Report of the Bombay Veterinary College
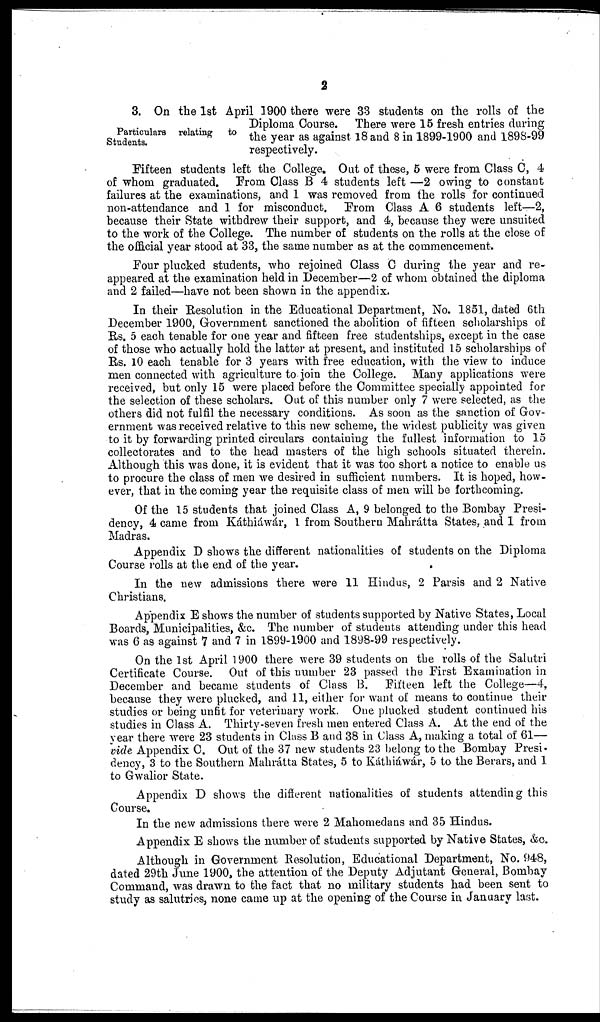
2
Particulars relating to
Students.
3. On the 1st April 1900 there were 33 students on the rolls of the
Diploma Course. There were 15 fresh entries during
the year as against 18 and 8 in 1899-1900 and 1898-99
respectively.
Fifteen students left the College. Out of these, 5 were from Class C, 4
of whom graduated. From Class B 4 students left —2 owing to constant
failures at the examinations, and 1 was removed from the rolls for continued
non-attendance and 1 for misconduct. From Class A 6 students left—2,
because their State withdrew their support, and 4, because they were unsuited
to the work of the College. The number of students on the rolls at the close of
the official year stood at 33, the same number as at the commencement.
Four plucked students, who rejoined Class C during the year and re-
appeared at the examination held in December—2 of whom obtained the diploma
and 2 failed—have not been shown in the appendix.
In their Resolution in the Educational Department, No. 1851, dated 6th
December 1900, Government sanctioned the abolition of fifteen scholarships of
Rs. 5 each tenable for one year and fifteen free studentships, except in the case
of those who actually hold the latter at present, and instituted 15 scholarships of
Rs. 10 each tenable for 3 years with free education, with the view to induce
men connected with agriculture to join the College. Many applications were
received, but only 15 were placed before the Committee specially appointed for
the selection of these scholars. Out of this number only 7 were selected, as the
others did not fulfil the necessary conditions. As soon as the sanction of Gov-
ernment was received relative to this new scheme, the widest publicity was given
to it by forwarding printed circulars containing the fullest information to 15
collectorates and to the head masters of the high schools situated therein.
Although this was done, it is evident that it was too short a notice to enable us
to procure the class of men we desired in sufficient numbers. It is hoped, how-
ever, that in the coming year the requisite class of men will be forthcoming.
Of the 15 students that joined Class A, 9 belonged to the Bombay Presi-
dency, 4 came from Káthiáwár, 1 from Southern Mahrátta States, and 1 from
Madras.
Appendix D shows the different nationalities of students on the Diploma
Course rolls at the end of the year.
In the new admissions there were 11 Hindus, 2 Parsis and 2 Native
Christians.
Appendix E shows the number of students supported by Native States, Local
Boards, Municipalities, &c. The number of students attending under this head
was 6 as against 7 and 7 in 1899-1900 and 1898-99 respectively.
On the 1st April 1900 there were 39 students on the rolls of the Salutri
Certificate Course. Out of this number 23 passed the First Examination in
December and became students of Class B. Fifteen left the College—4,
because they were plucked, and 11, either for want of means to continue their
studies or being unfit for veterinary work. One plucked student continued his
studies in Class A. Thirty-seven fresh men entered Class A. At the end of the
year there were 23 students in Class B and 38 in Class A, making a total of 61—
vide Appendix C. Out of the 37 new students 23 belong to the Bombay Presi-
dency, 3 to the Southern Mahrátta States, 5 to Káthiáwár, 5 to the Berars, and 1
to Gwalior State.
Appendix D shows the different nationalities of students attending this
Course.
In the new admissions there were 2 Mahomedans and 35 Hindus.
Appendix E shows the number of students supported by Native States, &c.
Although in Government Resolution, Educational Department, No. 948,
dated 29th June 1900, the attention of the Deputy Adjutant General, Bombay
Command, was drawn to the fact that no military students had been sent to
study as salutries, none came up at the opening of the Course in January last.